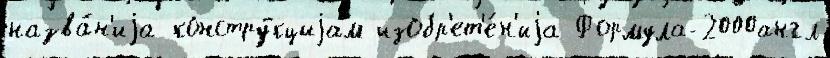
назва́н'иjа констру́кциjам изобр'ет'е́н'иjа Формула-2000англ